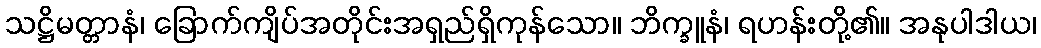
သဋ္ဌိမတ္တာနံ၊ ခြောက်ကျိပ်အတိုင်းအရှည်ရှိကုန်သော။ ဘိက္ခူနံ၊ ရဟန်းတို့၏။ အနုပါဒါယ၊